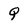
Character: Q